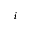
_ i